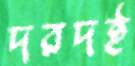
দরদই